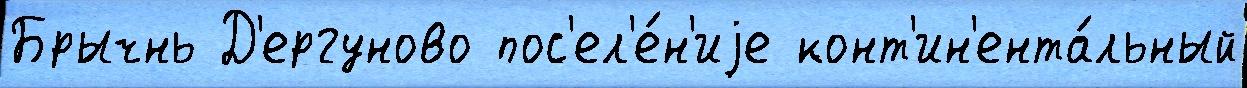
Брычнь Д'ергуново пос'ел'е́н'иjе конт'ин'ента́льный